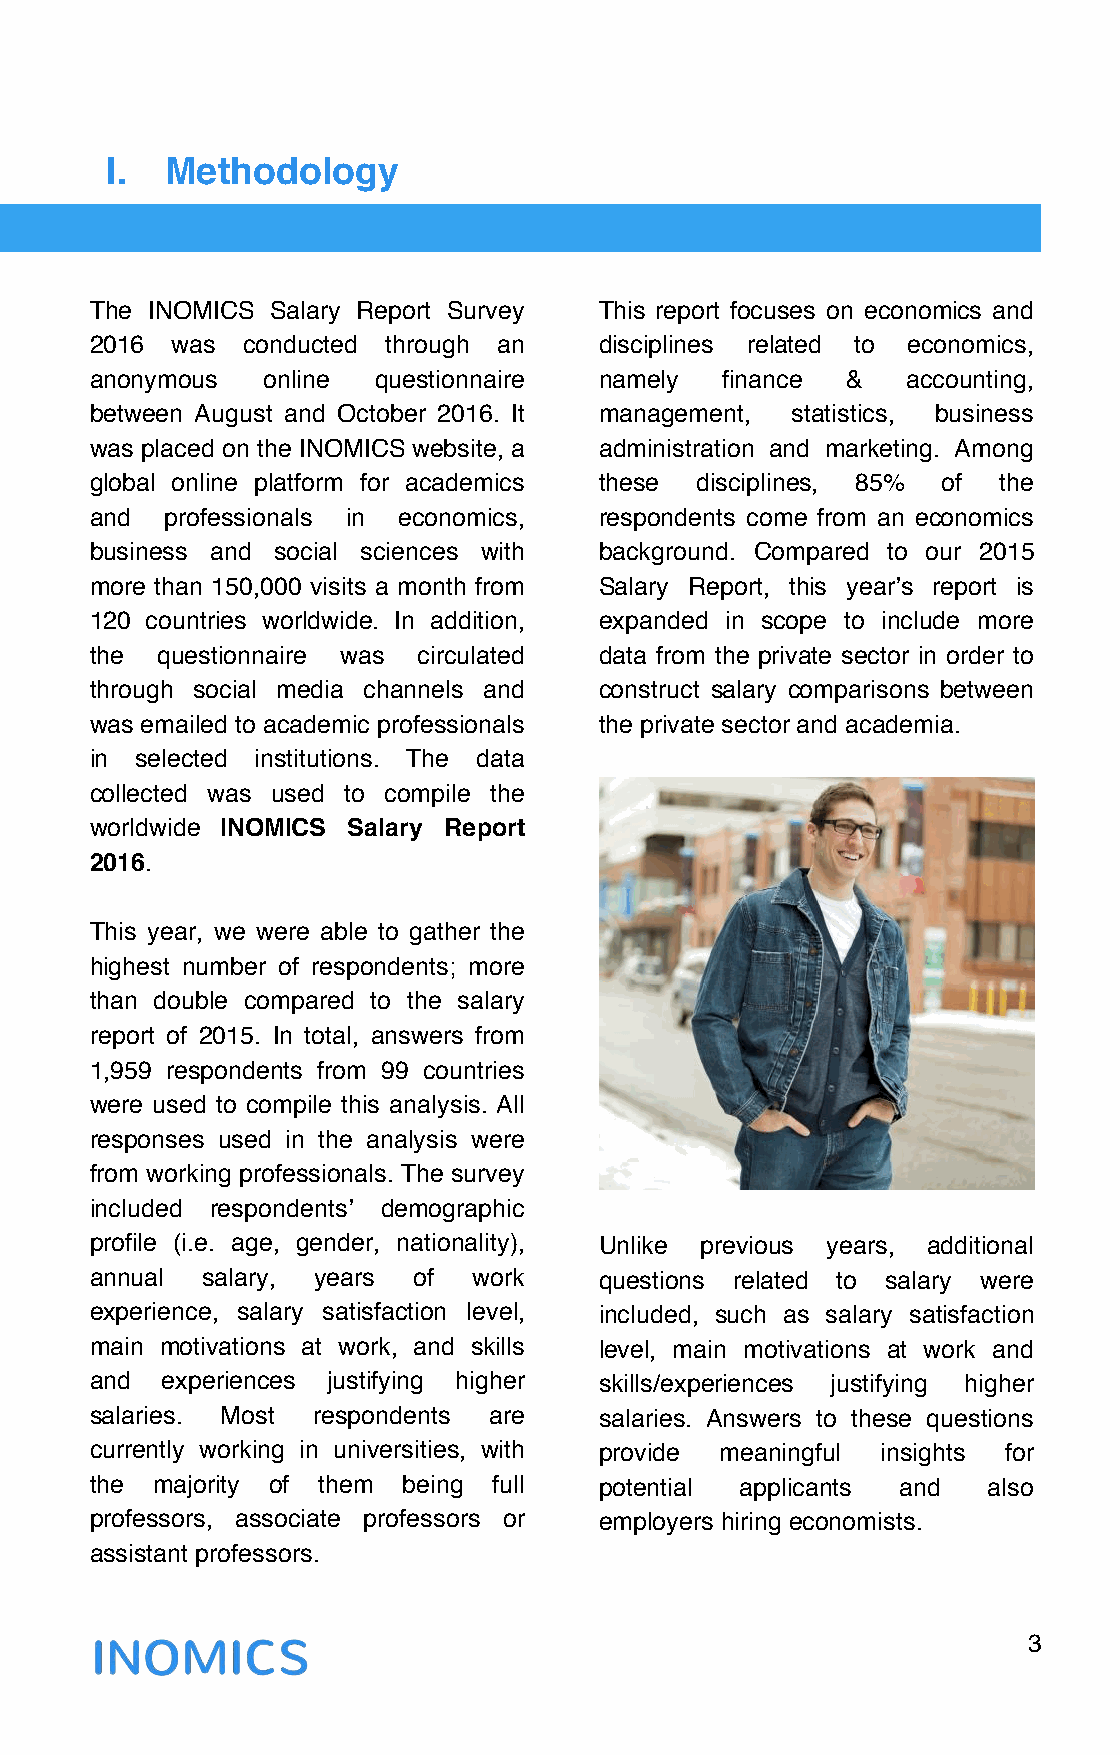
I.  Methodology
 The INOMICS Salary Report Survey This report focuses on economics and
 2016 was  conducted through an   disciplines related to economics,
 anonymous  online  questionnaire namely   finance &   accounting,
 between August and October 2016. It management, statistics, business
 was placed on the INOMICS website, a administration and marketing. Among
 global online platform for academics these disciplines, 85% of the
 and  professionals in economics, respondents come from an economics
 business and social sciences with background. Compared to our 2015
 more than 150,000 visits a month from Salary Report, this yearʼs report is
 120 countries worldwide. In addition, expanded in scope to include more
 the questionnaire was circulated data from the private sector in order to
 through social media channels and construct salary comparisons between
 was emailed to academic professionals the private sector and academia.
 in selected institutions. The data
 collected was used to compile the
 worldwide INOMICS Salary Report
 2016.
 This year, we were able to gather the
 highest number of respondents; more
 than double compared to the salary
 report of 2015. In total, answers from
 1,959 respondents from 99 countries
 were used to compile this analysis. All
 responses used in the analysis were
 from working professionals. The survey
 included respondentsʼ demographic
 profile (i.e. age, gender, nationality), Unlike previous years, additional
 annual salary, years of  work    questions related to salary were
 experience, salary satisfaction level, included, such as salary satisfaction
 main motivations at work, and skills level, main motivations at work and
 and  experiences justifying higher skills/experiences justifying higher
 salaries. Most respondents are   salaries. Answers to these questions
 currently working in universities, with provide meaningful insights for
 the majority of them being full  potential applicants and  also
 professors, associate professors or employers hiring economists.
 assistant professors.
 3
 !